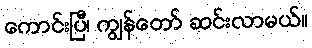
ကောင်းပြီ၊ ကျွန်တော် ဆင်းလာမယ်။